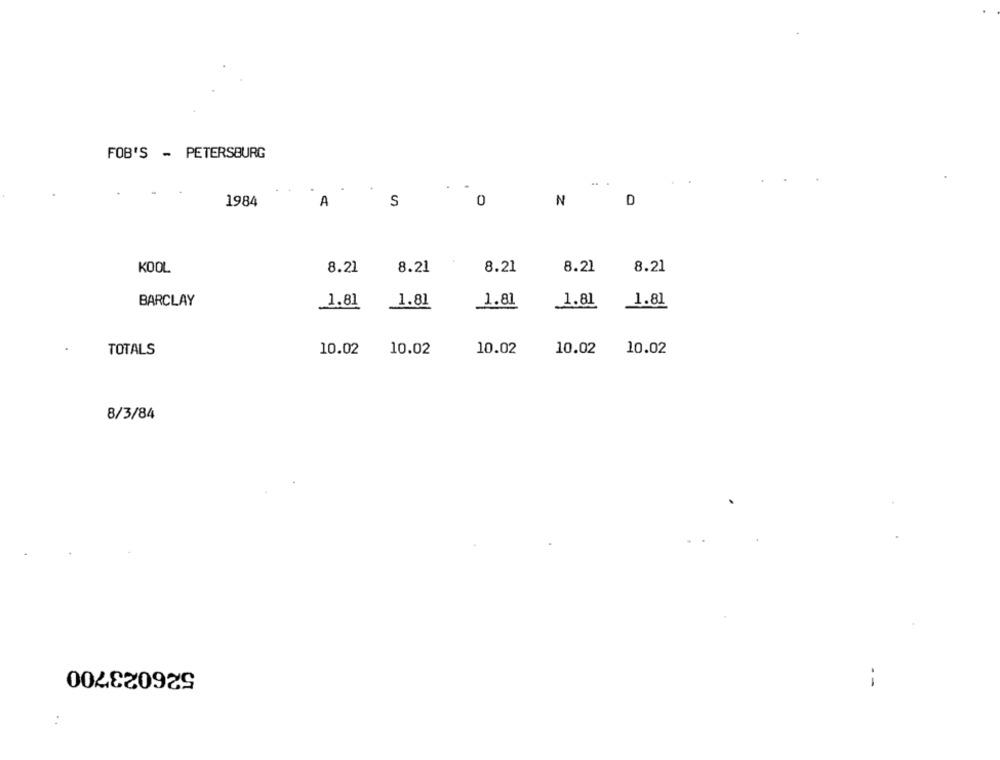
FOB'S - PETERSBURG
. .
1984
A
S
0
N
KOOL
8.21
8.21
8.21
8.21
8.21
BARCLAY
1.81
1.81
1.81
1.81
1.81
TOTALS
10.02
10.02
10.02
10.02
10.02
8/3/84
526023700